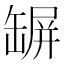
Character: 𦉇